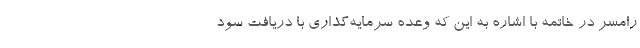
رامسر در خاتمه با اشاره به این که وعده‌ سرمایه‌گذاری با دریافت سود